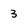
Character: 3